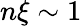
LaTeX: n\xi\sim 1